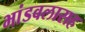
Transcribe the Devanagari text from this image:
भांडवलासह